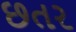
છતર